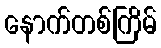
နောက်တစ်ကြိမ်